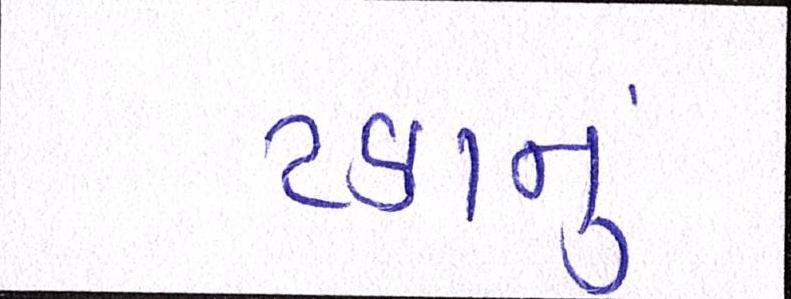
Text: ટકાનું